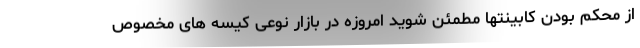
از محکم بودن کابینتها مطمئن شوید امروزه در بازار نوعی کیسه های مخصوص